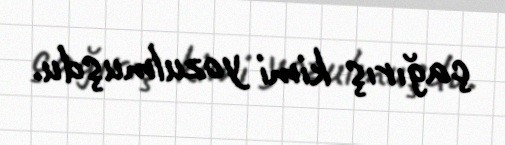
çağırış kimi yozulmuşdu.